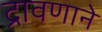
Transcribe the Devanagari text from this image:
द्रावणाने